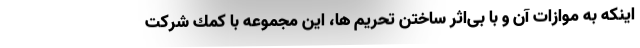
اينكه به موازات آن و با بی‌اثر ساختن تحریم ها، اين مجموعه با كمك شركت